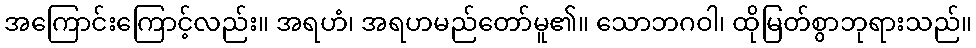
အကြောင်းကြောင့်လည်း။ အရဟံ၊ အရဟမည်တော်မူ၏။ သောဘဂဝါ၊ ထိုမြတ်စွာဘုရားသည်။